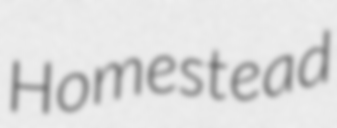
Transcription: Homestead